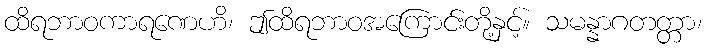
ထိရဘာဝကာရဏေဟိ၊ ဤထိရဘာဝအကြောင်းတို့နှင့်။ သမန္နာဂတတ္တာ၊